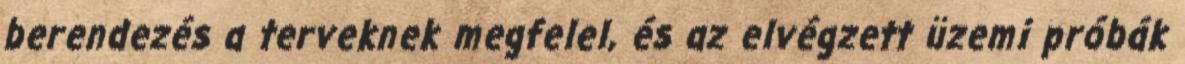
berendezés a terveknek megfelel, és az elvégzett üzemi próbák